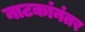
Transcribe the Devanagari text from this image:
नाटकांनंतर